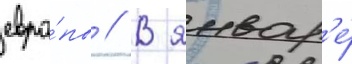
евро́пы // В январ'е́